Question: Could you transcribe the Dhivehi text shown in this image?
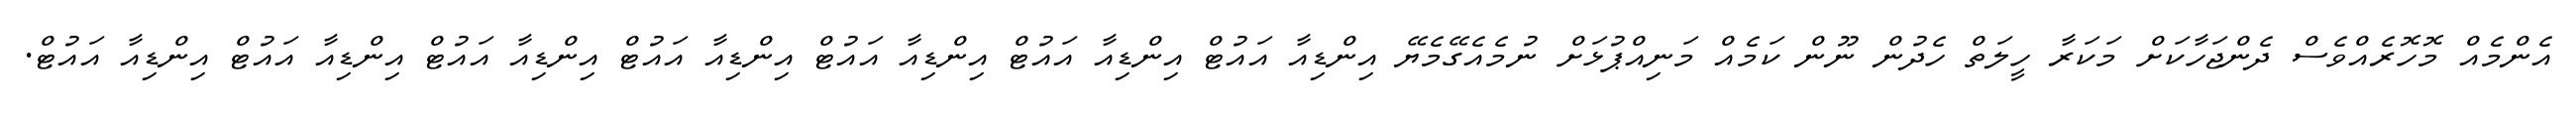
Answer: އެންމެއް މޮހޮރެއްވެސް ދެންޖަހާކަށް މަކަރާ ހީލަތް ހެދުން ނޫން ކަމެއް މަނިއްޕުޅަށް ނުމެއެގޭމެޔޭ އިންޑިއާ އައުޓް އިންޑިއާ އައުޓް އިންޑިއާ އައުޓް އިންޑިއާ އައުޓް އިންޑިއާ އައުޓް އިންޑިއާ އައުޓް އިންޑިއާ އައުޓް.